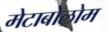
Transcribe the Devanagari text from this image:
मेटाबोलोम